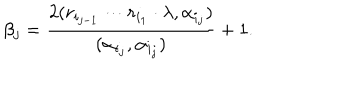
LaTeX: \beta _ { j } = \frac { 2 ( r _ { i _ { j - 1 } } \cdots r _ { i _ { 1 } } \cdot \lambda , \alpha _ { i _ { j } } ) } { ( \alpha _ { i _ { j } } , \alpha _ { i _ { j } } ) } + 1 .